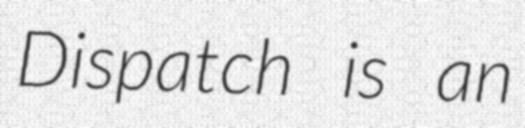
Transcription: Dispatch is an